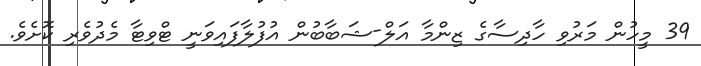
39 މީހުން މަރުވި ހާދިސާގެ ޒިންމާ އަލް-ޝަބާބުން އުފުލާފައިވަނީ ޓްވިޓާ މެދުވެރި ކޮށެވެ.